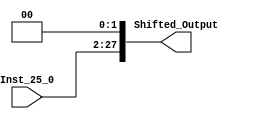
module Shift_Left_26(Shifted_Output, Inst_25_0);
input wire[25:0] Inst_25_0;
output reg[27:0] Shifted_Output;

always @(Inst_25_0)
begin
Shifted_Output <= (Inst_25_0 << 2);
end
endmodule

module Shift_Left_32(Shifted_Output, signextend);
input wire[31:0] signextend;
output reg[31:0] Shifted_Output;

always @(signextend)
begin
Shifted_Output <= (signextend << 2);
end
endmodule